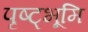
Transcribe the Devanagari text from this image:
पृष्ट्भूमि